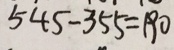
4 5 4 - 3 5 5 = 1 9 0